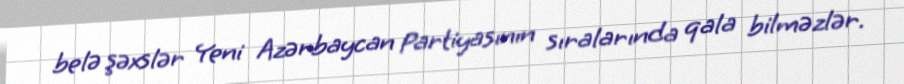
belə şəxslər Yeni Azərbaycan Partiyasının sıralarında qala bilməzlər.